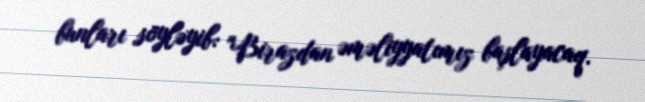
bunları söyləyib: "Birazdan əməliyyatımız başlayacaq.